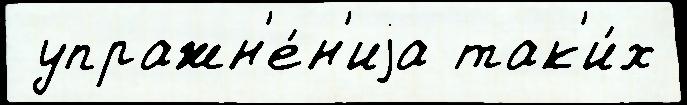
 упражн'е́н'иjа так'и́х